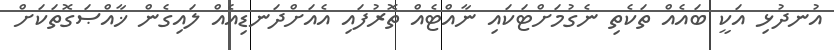
އުނދުޅި އަކީ ބައެއް ތަކެތި ނެގުމަށްޓަކައި ނާއްޓެއް ތޮރުފައި އެއަށްދަނޑިއެއް ލައިގެން ޚާއްޞަގޮތަކަށް